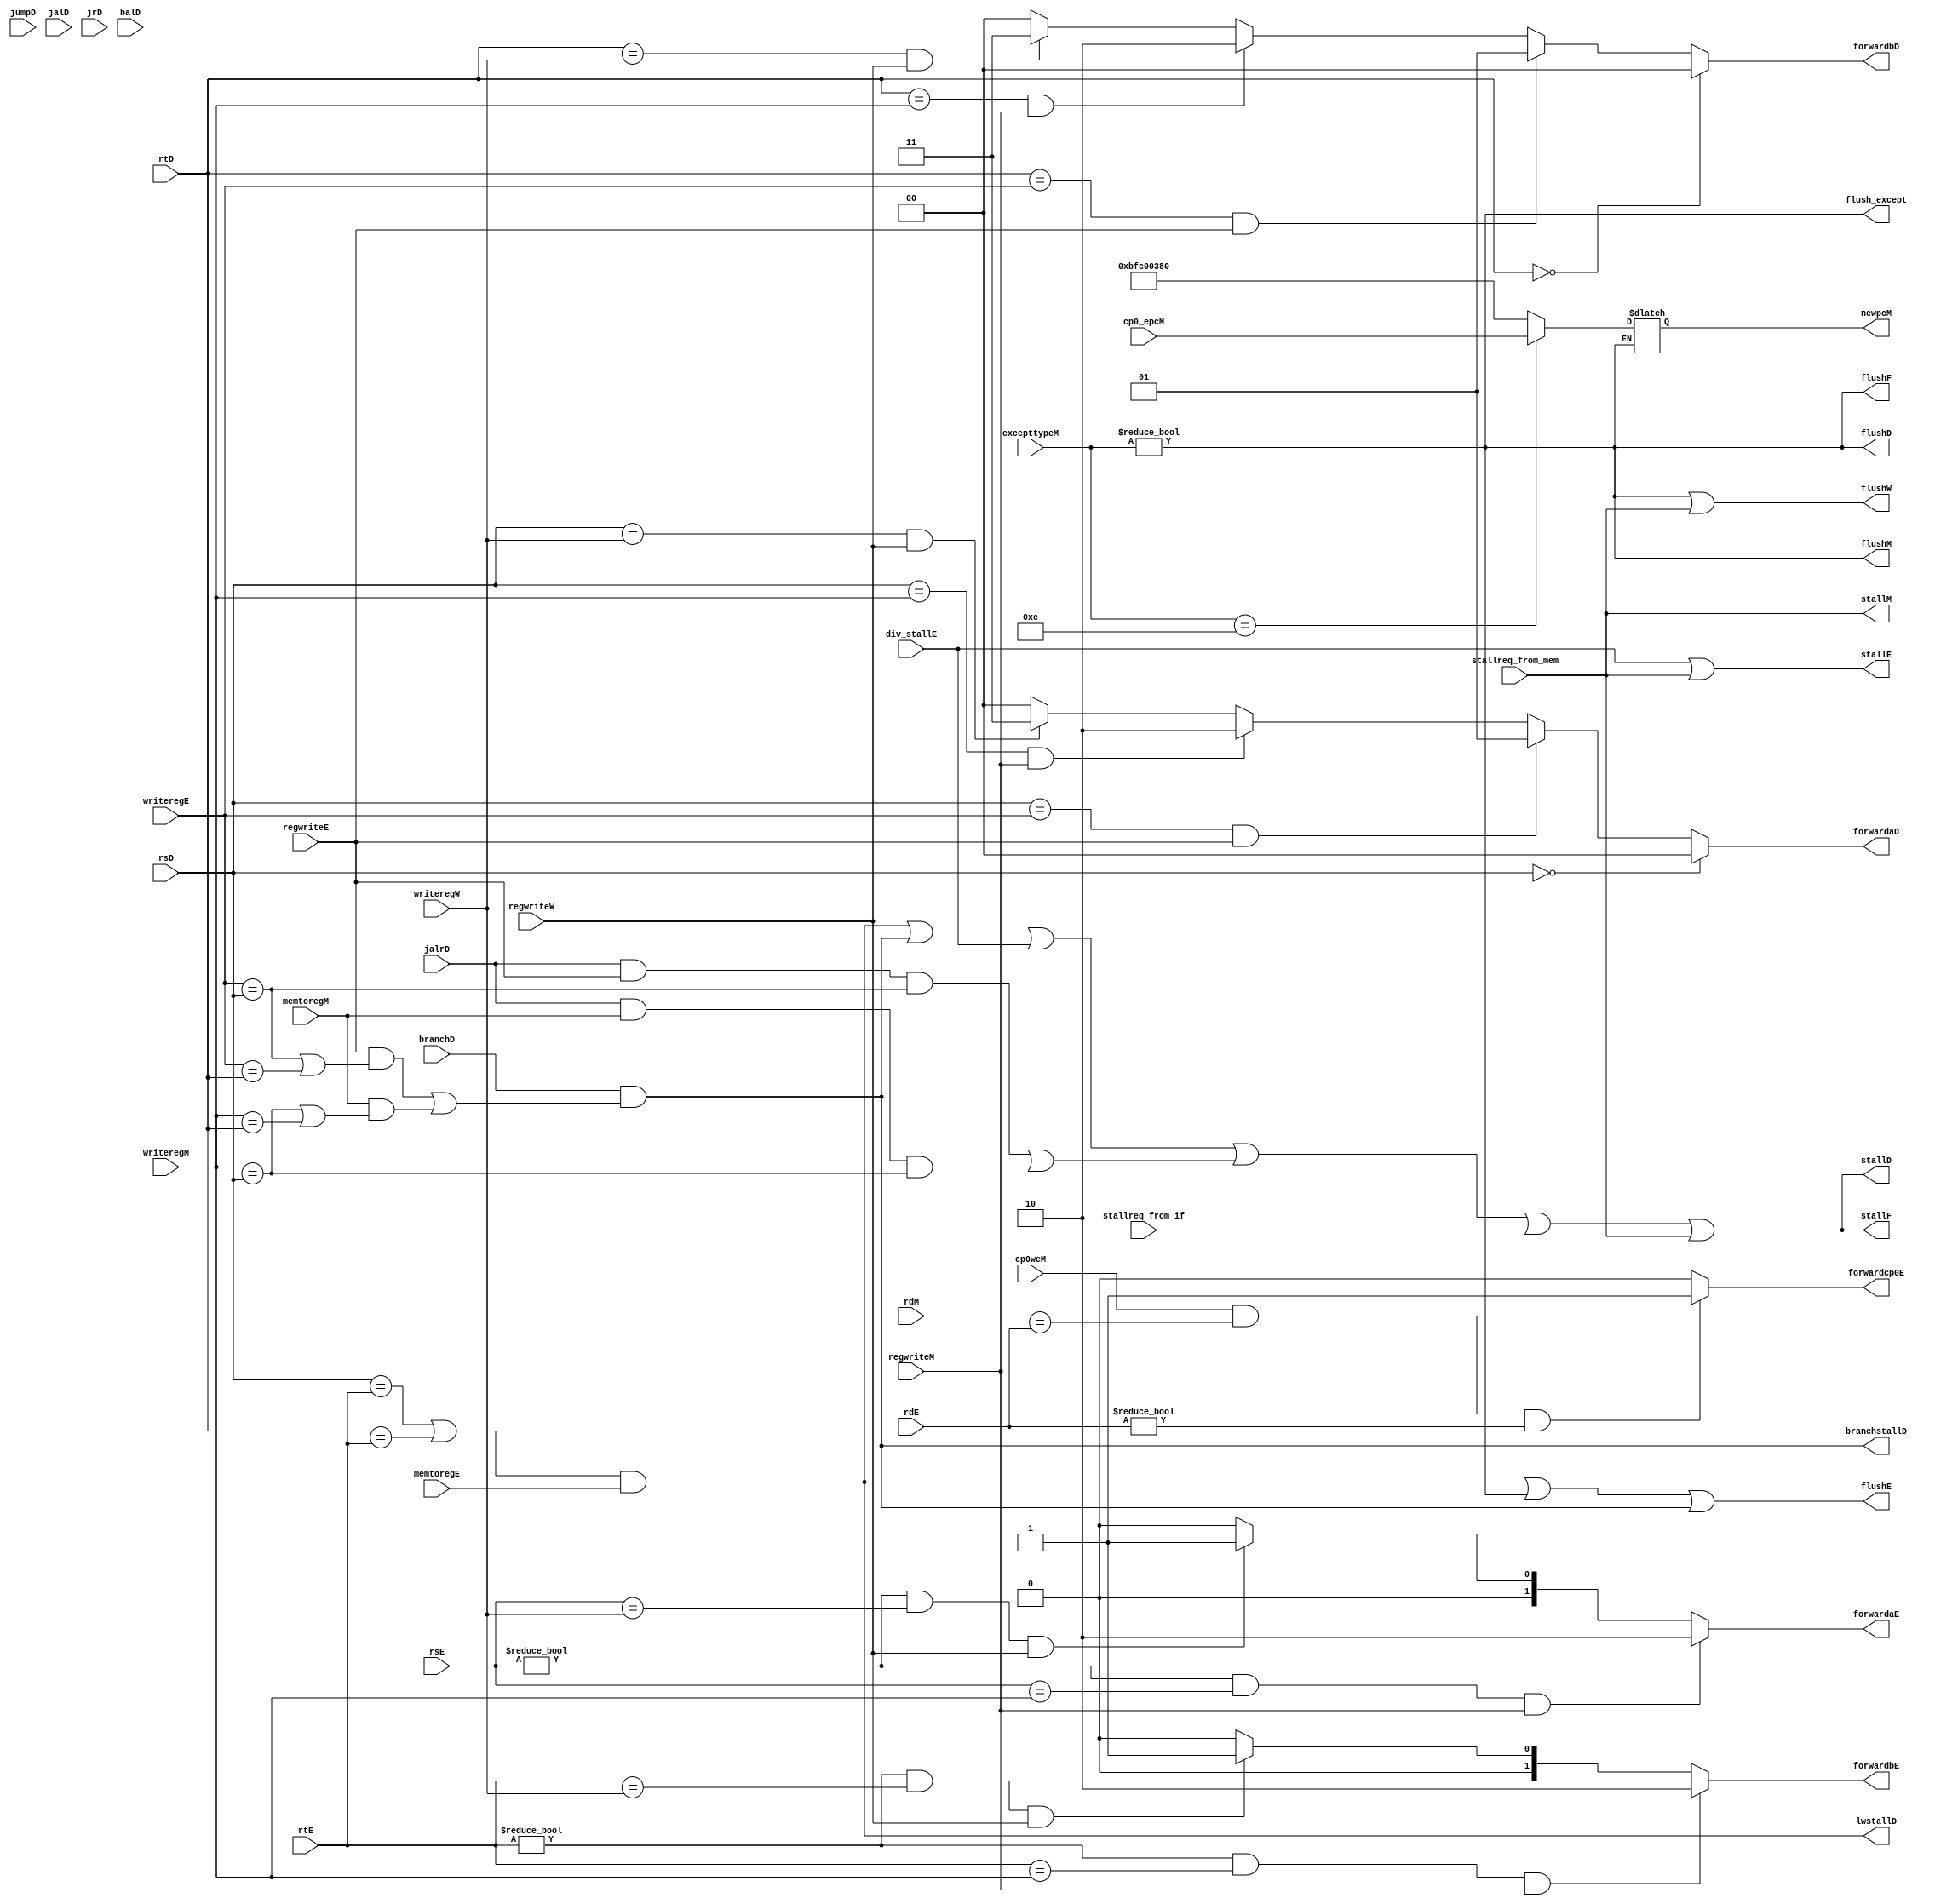
`timescale 1ns / 1ps
// https://github.com/JF2098/A-simple-MIPS-CPU/blob/master/rtl/myCPU/hazard.v
// forwarda/bD
module hazard(
    input [4:0] rsD, rtD,
    input [4:0] rsE, rtE,
    input wire branchD,jumpD, jalD, jrD,balD,jalrD,
    input [4:0] writeregE,
    input regwriteE,
    input memtoregE,
    input [4:0] writeregM,
    input regwriteM,
    input memtoregM,
    input [4:0] writeregW,
    input regwriteW,
    output stallF,
    output [1:0] forwardaD, forwardbD,
    output stallD,
    output [1:0] forwardaE, forwardbE,
    output flushF,flushD,flushE,flushM,flushW,
    output lwstallD,
    output branchstallD,
    input wire div_stallE,
    output wire stallE,
    input wire cp0weM,
    input wire [4:0] rdM,
    input wire [4:0] rdE,
    input [31:0] excepttypeM,
	input wire [31:0] cp0_epcM,
	output reg [31:0] newpcM,
    output wire forwardcp0E,
    output wire flush_except,
    input wire stallreq_from_if,
    input wire stallreq_from_mem,
    output wire stallM
    
    );
    wire jalrstallD;
    //wire flush_except;
    assign flush_except = (excepttypeM != 32'b0 );

    assign forwardaE= (rsE!=0 & rsE==writeregM & regwriteM)? 2'b10:
					  (rsE!=0 & rsE==writeregW & regwriteW)? 2'b01: 2'b00;
	assign forwardbE= (rtE!=0 & rtE==writeregM & regwriteM)? 2'b10:
					  (rtE!=0 & rtE==writeregW & regwriteW)? 2'b01: 2'b00;
    assign stallF = (lwstallD | branchstallD | div_stallE | jalrstallD |stallreq_from_if | stallreq_from_mem);
    assign stallD = stallF;//(lwstallD | branchstallD | div_stallE | jalrstallD);//|stallreq_from_if| stallreq_from_mem);
    assign stallE = div_stallE|stallreq_from_mem;
    assign stallM = stallreq_from_mem;

    assign branchstallD = branchD & ( regwriteE  &  (writeregE == rsD | writeregE == rtD)  |  memtoregM & (writeregM == rsD | writeregM == rtD) );
    assign jalrstallD = (jalrD & regwriteE & (writeregE==rsD)) | (jalrD & memtoregM & (writeregM==rsD));
    assign lwstallD = (((rsD == rtE) | (rtD == rtE)) & memtoregE);

    assign flushF = flush_except;
    assign flushD = flush_except;
    assign flushE = (lwstallD|flush_except| branchstallD);
	assign flushM = flush_except;
	assign flushW = flush_except | stallreq_from_mem ;

	//assign forwardaD = (rsD != 0) & (rsD == writeregM) & regwriteM;
	//assign forwardbD = (rtD != 0) & (rtD == writeregM) & regwriteM;
    assign forwardaD =	(rsD==0)? 2'b00:
						(rsD == writeregE & regwriteE)?2'b01:
						(rsD == writeregM & regwriteM)?2'b10:
						(rsD == writeregW & regwriteW)?2'b11:2'b00;
	assign forwardbD =	(rtD==0)?2'b00:
						(rtD == writeregE & regwriteE)?2'b01:
						(rtD == writeregM & regwriteM)?2'b10:
						(rtD == writeregW & regwriteW)?2'b11:2'b00;

    assign forwardcp0E = ((cp0weM)&(rdM == rdE)&(rdE != 0))?1:0;

    //bfc00380
    always @(*) begin
        if(excepttypeM != 32'b0) begin
            if(excepttypeM == 32'h0000000e) begin
                newpcM <= cp0_epcM;
            end
            else begin
                newpcM <= 32'hBFC00380;//10 jump200
            end
        end
    end
endmodule